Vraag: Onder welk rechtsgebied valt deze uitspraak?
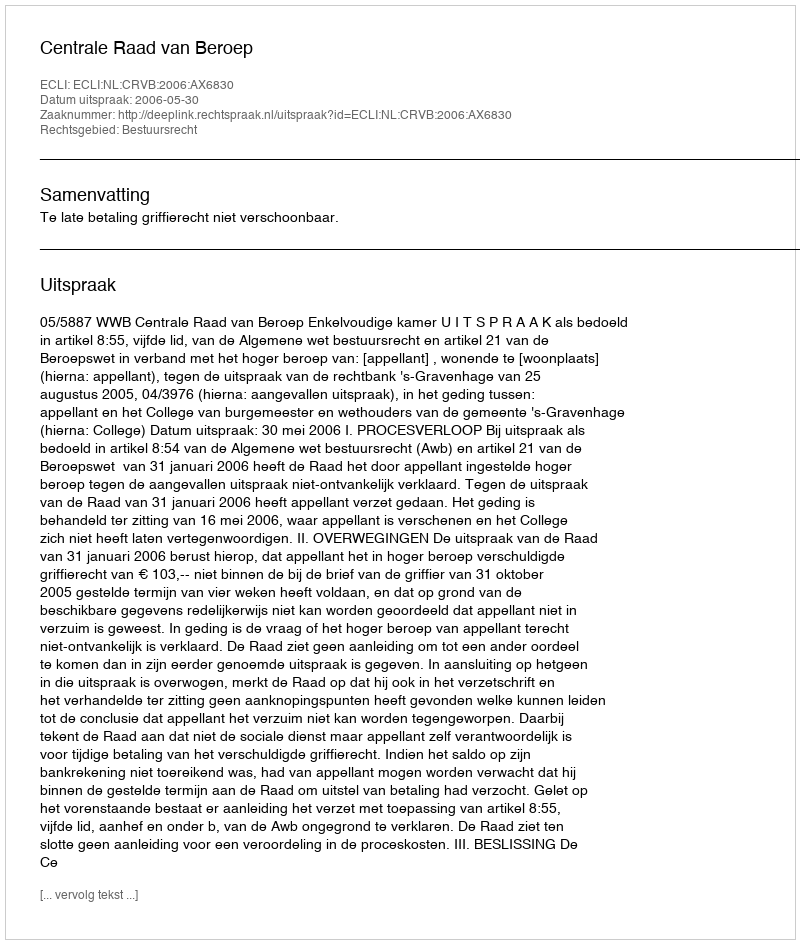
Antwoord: Bestuursrecht